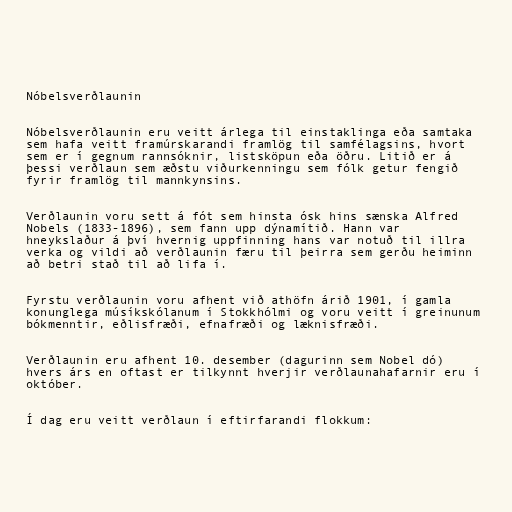
Nóbelsverðlaunin

Nóbelsverðlaunin eru veitt árlega til einstaklinga eða samtaka
sem hafa veitt framúrskarandi framlög til samfélagsins, hvort
sem er í gegnum rannsóknir, listsköpun eða öðru. Litið er á
þessi verðlaun sem æðstu viðurkenningu sem fólk getur fengið
fyrir framlög til mannkynsins.

Verðlaunin voru sett á fót sem hinsta ósk hins sænska Alfred
Nobels (1833-1896), sem fann upp dýnamítið. Hann var
hneykslaður á því hvernig uppfinning hans var notuð til illra
verka og vildi að verðlaunin færu til þeirra sem gerðu heiminn
að betri stað til að lifa í.

Fyrstu verðlaunin voru afhent við athöfn árið 1901, í gamla
konunglega músíkskólanum í Stokkhólmi og voru veitt í greinunum
bókmenntir, eðlisfræði, efnafræði og læknisfræði.

Verðlaunin eru afhent 10. desember (dagurinn sem Nobel dó)
hvers árs en oftast er tilkynnt hverjir verðlaunahafarnir eru í
október.

Í dag eru veitt verðlaun í eftirfarandi flokkum: